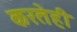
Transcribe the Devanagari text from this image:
करतेही